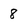
Character: 8